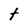
Character: t